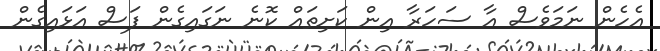
އެހެން ނަމަވެސް އާ ސަހަރާ އިން ކަށިތައް ކޮނެ ނަގައިގެން ފަސް އަޅައިގެން